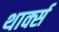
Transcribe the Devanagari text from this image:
थार्क्स